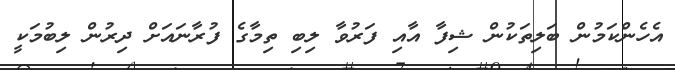
އެހެންކަމުން ބަލިތަކުން ޝިފާ އާއި ފަރުވާ ލިބި ތިމާގެ ފުރާނައަށް ދިރުން ލިބުމަކީ